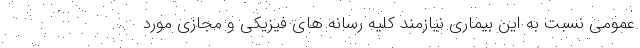
عمومی نسبت به این بیماری نیازمند کلیه رسانه های فیزیکی و مجازی مورد